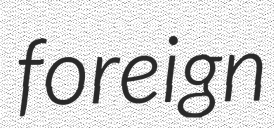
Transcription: foreign